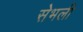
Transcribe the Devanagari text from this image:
सेभली